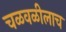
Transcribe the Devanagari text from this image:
चळवळीलाच